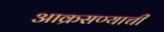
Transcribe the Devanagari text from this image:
आक्रसण्याची